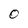
Character: O